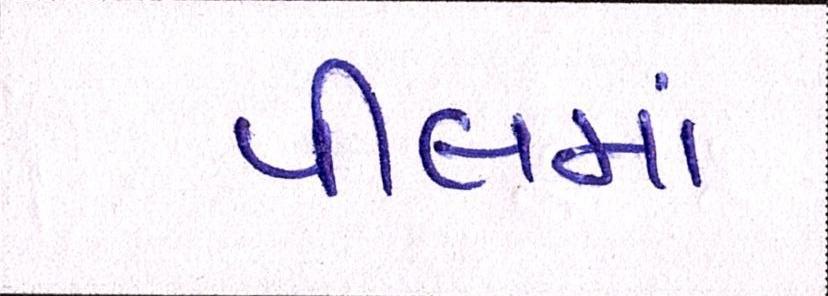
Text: પીલમાં